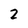
Character: 2